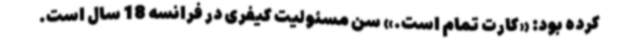
کرده بود: «کارت تمام است.» سن مسئولیت کیفری در فرانسه 18 سال است.